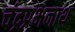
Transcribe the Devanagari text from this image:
चंद्रप्रभनाथ